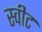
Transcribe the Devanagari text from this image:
स्‍वीट